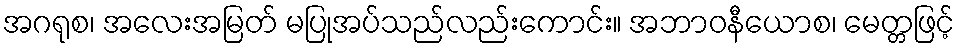
အဂရုစ၊ အလေးအမြတ် မပြုအပ်သည်လည်းကောင်း။ အဘာဝနီယောစ၊ မေတ္တဖြင့်